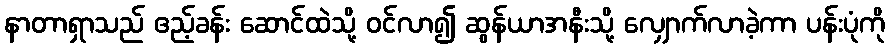
နာတာရှာသည် ဧည့်ခန်း ဆောင်ထဲသို့ ဝင်လာ၍ ဆွန်ယာအနီးသို့ လျှောက်လာခဲ့ကာ ပန်းပုံကို